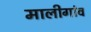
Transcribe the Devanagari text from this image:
मालीगांव